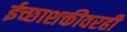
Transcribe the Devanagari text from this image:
ईच्छाशक्तीवरही